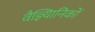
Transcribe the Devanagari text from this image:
वैज्ञ्यिानिकों